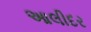
આલીદર